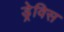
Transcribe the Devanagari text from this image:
ड्रेविस